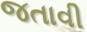
જતાવી